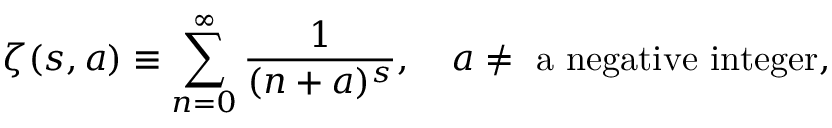
\zeta ( s , a ) \equiv \sum _ { n = 0 } ^ { \infty } \frac { 1 } { ( n + a ) ^ { s } } , \quad a \ne \mathrm { ~ a ~ n e g a t i v e ~ i n t e g e r } ,